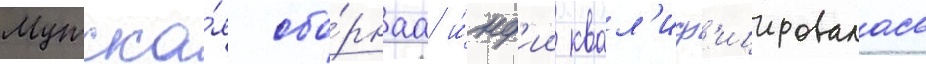
Мужска́я сбо́рнаа и́нд'ии квал'иф'ицировалась